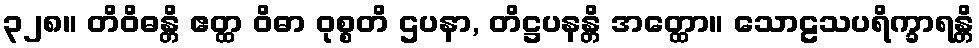
၃၂၈။ တိဝိဓန္တိ ဧတ္ထ ဝိဓာ ဝုစ္စတိ ဌပနာ, တိဋ္ဌပနန္တိ အတ္ထော။ သောဠသပရိက္ခာရန္တိ